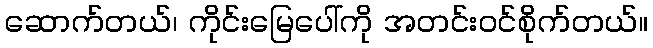
ဆောက်တယ်၊ ကိုင်းမြေပေါ်ကို အတင်းဝင်စိုက်တယ်။